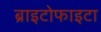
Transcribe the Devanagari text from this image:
ब्राइटोफाइटा